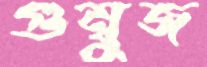
গুম্বুজ